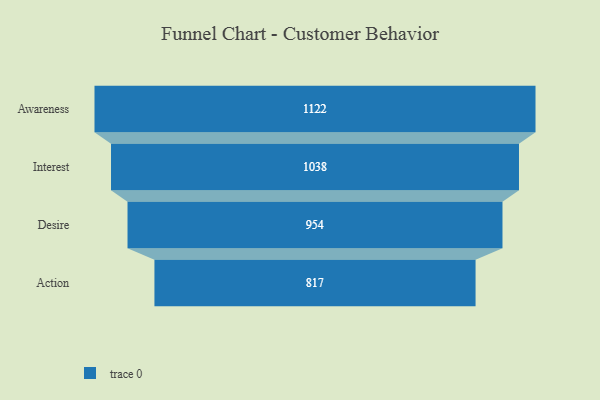
{"axis": {"x": "Stage", "y": "Value"}, "legend": [""], "data": [{"x": "Awareness", "y": 1122.0, "type": ""}, {"x": "Interest", "y": 1038.0, "type": ""}, {"x": "Desire", "y": 954.0, "type": ""}, {"x": "Action", "y": 817.0, "type": ""}]}